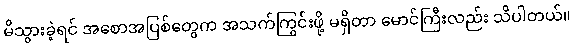
မိသွားခဲ့ရင် အစောအပြစ်တွေက အသက်ကြွင်းဖို့ မရှိတာ မောင်ကြီးလည်း သိပါတယ်။